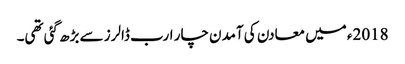
2018ء میں معادن کی آمدن چار ارب ڈالرز سے بڑھ گئی تھی۔